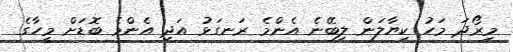
މިރޯދަ މަހު ކިޔާލަން ލިބޭނެ އެންމެ ރަނގަޅު އަދި އެންމެ ބޮޑަށް މީހާގެ